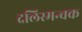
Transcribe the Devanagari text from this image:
दलिस्मन्चक